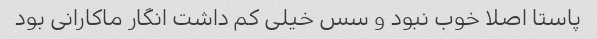
پاستا اصلا خوب نبود و سس خیلی کم داشت انگار ماکارانی بود